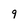
Character: 9